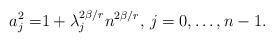
LaTeX: \begin{align*}a_j^2=&1+ \lambda_j^{2\beta/r}n^{2\beta/r}, \,j=0,\dots,n-1.\end{align*}